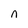
Character: n